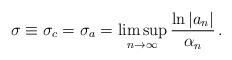
LaTeX: \begin{align*}\sigma \equiv \sigma _c = \sigma _a = \limsup _{n \to \infty} \frac{\ln \left| a_n \right|}{\alpha _n} \, . \end{align*}